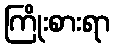
ကြိုးစားရာ